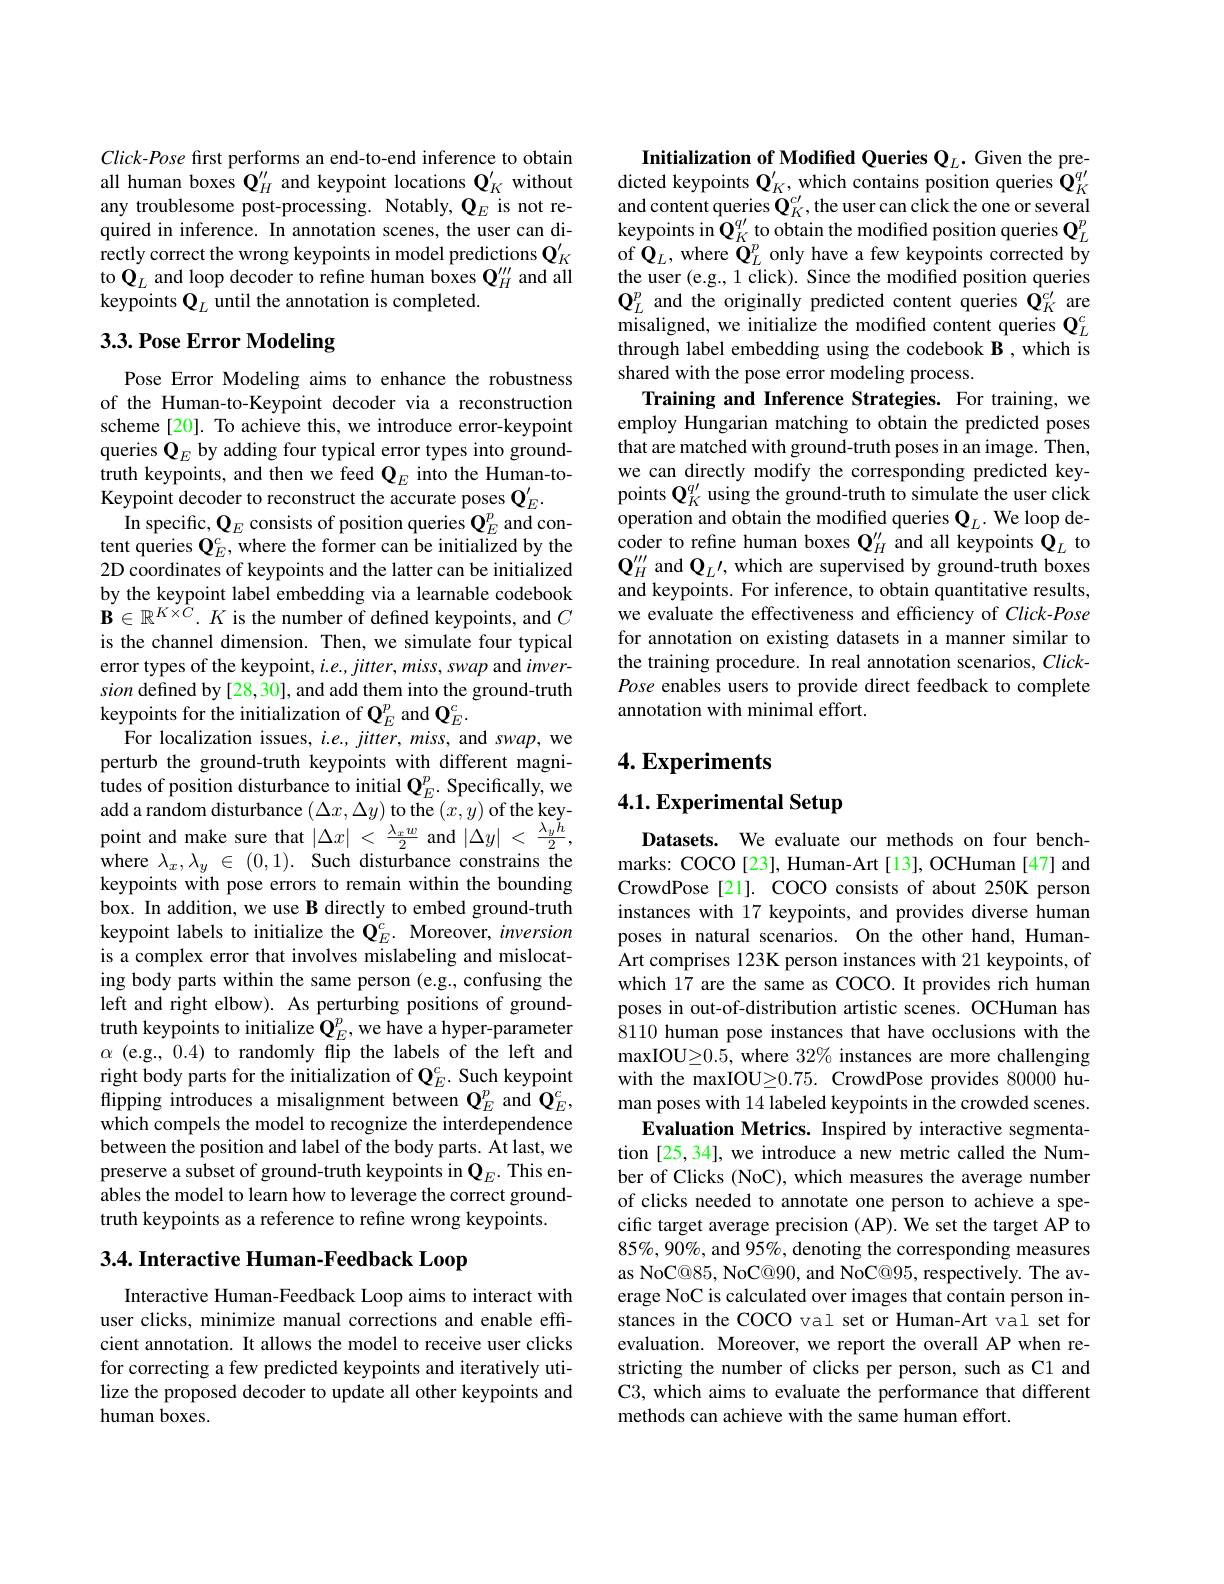
Click-Pose first performs an end-to-end inference to obtain all human boxes $\mathbf{Q}_H^{\prime\prime}$ and keypoint locations $\mathbf{Q}_K^{\prime}$ without any troublesome post-processing. Notably, $\mathbf{Q}_E$ is not required in inference. In annotation scenes, the user can di- $\hat{\text{rectly correct the wrong keypoints in model predictions }}\mathbf{Q}_{K}^{\prime}$ to $\mathbf{Q}_L$ and loop decoder to refine human boxes $\mathbf{Q}_H^{\prime\prime\prime}$ and all keypoints $\mathbf{Q}_L$ until the annotation is completed.

## 3.3. Pose Error Modeling

Pose Error Modeling aims to enhance the robustness of the Human-to-Keypoint decoder via a reconstruction scheme[20]. To achieve this, we introduce error-keypoint queries $\mathbf{Q}_E$ by adding four typical error types into groundtruth keypoints, and then we feed $\mathbf{Q}_E$ into the Human-toKeypoint decoder to reconstruct the accurate poses $\mathbf{Q}_E^{\prime}.$
In specific, $\mathbf{Q}_E$ consists of position queries $\mathbf{Q}_E^{p}$ and content queries $\mathbf{Q}_E^c$,where the former can be initialized by the 2D coordinates of keypoints and the latter can be initialized by the keypoint label embedding via a learnable codebook $\mathbf{B}\in\mathbb{R}^{K\times C}.K$ is the number of defined keypoints, and $C$ is the channel dimension. Then, we simulate four typical error types of the keypoint, $i.e.,jitter,miss,swap$ and $inver-$ sion defined by [28,30], and add them into the ground-truth keypoints for the initialization of $\mathbf{Q}_E^{p}$ and $\mathbf{Q}_E^{c}.$
For localization issues, $i.e.,jitter,miss$, and $swap$, we perturb the ground-truth keypoints with different magnitudes of position disturbance to initial $\mathbf{Q}_E^p.$ Specifically, we add a random disturbance $( \Delta x, \Delta y)$ to the $( x, y)$ of the key- point and make sure that $| \Delta x| < \frac {\lambda _xw}2$ and $| \Delta y| < \frac {\lambda _yh}2$, whara $\begin{array}{l}\mathrm{where~}\lambda_x,\lambda_y\in~(0,1).~\mathrm{Such~disturbance~constrains~}\bar{\text{the}}\\\mathrm{keypoints~with~pose~errors~to~remain~within~the~bounding}\end{array}$ box. In addition, we use B directly to embed ground-truth keypoint labels to initialize the $\mathbf{Q}_E^{c}.$ Moreover, inversion is a complex error that involves mislabeling and mislocating body parts within the same person (e.g., confusing the left and right elbow). As perturbing positions of groundtruth keypoints to initialize $\mathbf{Q}_E^p$,we have a hyper-parameter $\alpha$ (e.g., 0.4) to randomly flip the labels of the left and right body parts for the initialization of $\mathbf{Q}_E^c.$ Such keypoint flipping introduces a misalignment between $\mathbf{Q}_E^{p}$ and $\mathbf{Q}_E^{c}$, which compels the model to recognize the interdependence between the position and label of the body parts. At last, we preserve a subset of ground-truth keypoints in $\mathbf{Q}_E.$ This en- $\hat{\text{ables the model to learn how to leverage the correct ground-}}$ truth keypoints as a reference to refine wrong keypoints.
3.4. Interactive Human-Feedback Loop

Interactive Human-Feedback Loop aims to interact with user clicks, minimize manual corrections and enable efficient annotation. It allows the model to receive user clicks for correcting a few predicted keypoints and iteratively utilize the proposed decoder to update all other keypoints and human boxes.

Initialization of Modified Queries Q$_L.$ Given the predicted keypoints $\mathbf{Q}_K^{\prime}$, which contains position queries $\hat{\mathbf{Q}}_K^{q\prime}$ and content queries $\mathbf{Q}_K^{c\prime}$,the user can click the one or several keypoints in $\mathbf{Q}_K^{q\prime}$ to obtain the modiffed position queries $\mathbf{Q}_L^p$ of $\mathbf{Q}_L$, where $\mathbf{Q}_L^p$ only have a few keypoints corrected by the user (e.g., 1 click). Since the modified position queries $\mathbf{Q}_{L}^{p}$ and the originally predicted content queries $\mathbf{Q}_{K}^{c\prime}$ are $\tilde{\text{misaligned, we initialize the modified content queries }}\mathbf{Q}_{L}^{c}$ through label embedding using the codebook B , which is shared with the pose error modeling process.
Training and Inference Strategies. For training, we employ Hungarian matching to obtain the predicted poses that are matched with ground-truth poses in an image. Then, we can directly modify the corresponding predicted keypoints $\mathbf{Q}_K^{q\prime}$ using the ground-truth to simulate the user click operation and obtain the modified queries $\mathbf{Q}_L.$ We loop decoder to refine human boxes $\mathbf{Q}_H^{\prime\prime}$ and all keypoints $\mathbf{Q}_L$ to $\mathbf{Q}_{H}^{\prime\prime\prime}$ and $\mathbf{Q}_L\prime$, which are supervised by ground-truth boxes and keypoints. For inference, to obtain quantitative results, we evaluate the effectiveness and efficiency of Click-Pose for annotation on existing datasets in a manner similar to the training procedure. In real annotation scenarios, ClickPose enables users to provide direct feedback to complete annotation with minimal effort.

## $4. \textbf{Experiments}$

4.1. Experimental Setup

Datasets. We evaluate our methods on four benchmarks: COCO[23], Human-Art[13], OCHuman [47] and CrowdPose[21]. COCO consists of about 250K person instances with 17 keypoints, and provides diverse human poses in natural scenarios. On the other hand, HumanArt comprises 123K person instances with 21 keypoints, of which 17 are the same as COCO. It provides rich human poses in out-of-distribution artistic scenes. OCHuman has 8110 human pose instances that have occlusions with the maxIOU$\geq$0. 5, where 32$\%$ instances are more challenging with the maxIOUl$\geq0.75.$ CrowdPose provides 80000 human poses with 14 labeled keypoints in the crowded scenes
Evaluation Metrics. Inspired by interactive segmentation [25,34], we introduce a new metric called the Number of Clicks (NoC), which measures the average number of clicks needed to annotate one person to achieve a specific target average precision (AP). We set the target AP to $85\%,90\%$, and 95%, denoting the corresponding measures as NoC@85, NoC@90, and NoC@95, respectively. The average NoC is calculated over images that contain person instances in the COCO val set or Human-Art val set for evaluation. Moreover, we report the overall AP when restricting the number of clicks per person, such as C1 and C3, which aims to evaluate the performance that different methods can achieve with the same human effort.